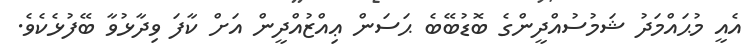
އެއީ މުޙައްމަދު ޝަމުސުއްދީންގެ ބޮޑުބޭބެ ޙަސަން ޢިއްޒުއްދީން އަށް ކާފަ ވިދާޅުވާ ބޭފުޅެކެވެ.